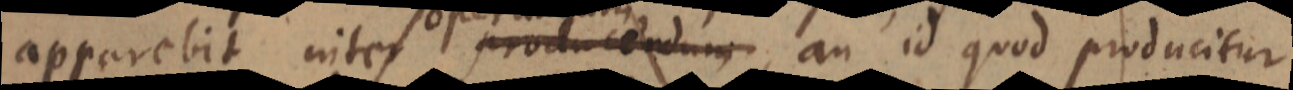
apparebit inter producendum, an id quod producitur